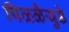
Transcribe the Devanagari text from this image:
पिळ्ळैयुडे